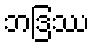
ဘဒြဿ